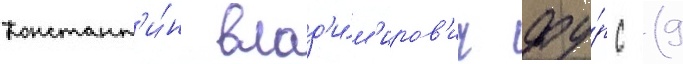
Констант'и́н влад'и́м'иров'ич фу́рс (9